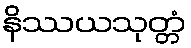
နိဿယသုတ္တံ